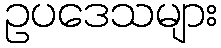
ဥပဒေသများ